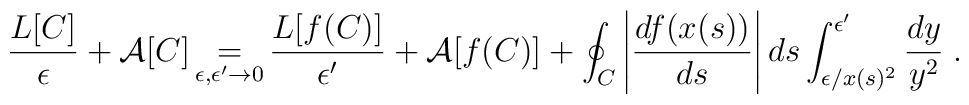
\frac{L[C]}{\epsilon }+\mathcal{A}[C]\mathop {=}_{\epsilon ,\epsilon '\to 0}\frac{L[f(C)]}{\epsilon '}+\mathcal{A}[f(C)]+\oint _{C}\left| \frac{df(x(s))}{ds}\right| ds\int _{\epsilon /x(s)^{2}}^{\epsilon '}\frac{dy}{y^{2}}\; .